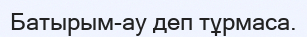
Батырым-ау деп тұрмаса.